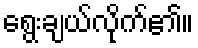
ရွေးချယ်လိုက်၏။